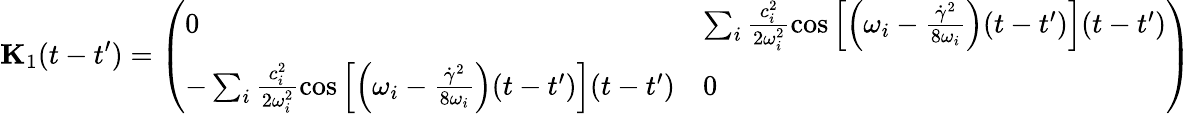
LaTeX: \mathbf{{K}}_{1}(t-t^{\prime})=\left(\begin{array}{ll}{0}&{\sum_{i}\frac{c_{i}^{2}}{2\omega_{i}^{2}}\cos\left[\Bigl(\omega_{i}-\frac{\dot{\gamma}^{2}}{8\omega_{i}}\Bigr)(t-t^{\prime})\right](t-t^{\prime})}\\ {-\sum_{i}\frac{c_{i}^{2}}{2\omega_{i}^{2}}\cos\left[\Bigl(\omega_{i}-\frac{\dot{\gamma}^{2}}{8\omega_{i}}\Bigr)(t-t^{\prime})\right](t-t^{\prime})}&{0}\end{array}\right)